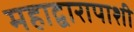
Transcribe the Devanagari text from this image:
महाद्वारापाशी